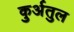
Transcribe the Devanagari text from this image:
कुर्अतुल